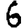
Digit: 6